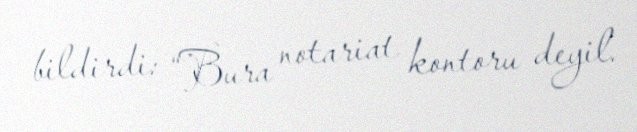
bildirdi: “Bura notariat kontoru deyil.